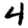
Digit: 4